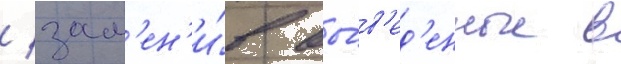
/ зам'ен'и́в вы́в'ед'енные в